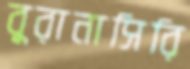
বুরানাসিরি